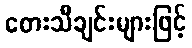
တေးသီချင်းများဖြင့်